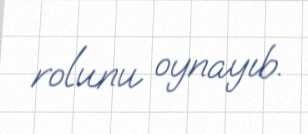
rolunu oynayıb.